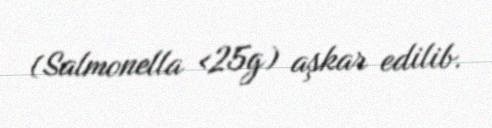
(Salmonella <25g) aşkar edilib.